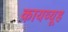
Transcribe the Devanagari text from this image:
कायव्यूह